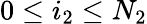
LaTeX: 0\leq i_{2}\leq N_{2}